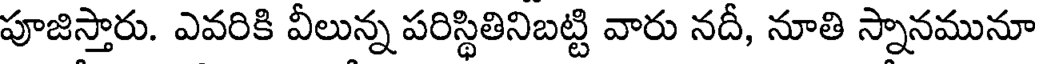
పూజిస్తారు. ఎవరికి వీలున్న పరిస్థితినిబట్టి వారు నదీ, నూతి స్నానమునూ